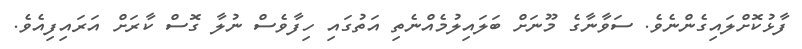
ފާޅުކޮށްލައިގެންނެވެ. ސަވާނާގެ މޫނަށް ބަލައިލުމެއްނެތި އަތުގައި ހިފާވެސް ނުލާ ގޮސް ކާރަށް އަރައިފިއެވެ.